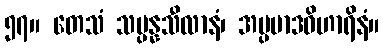
၅၇။ တေသံ သမ္ပန္နသီလာနံ၊ အပ္ပမာဒဝိဟာရိနံ။